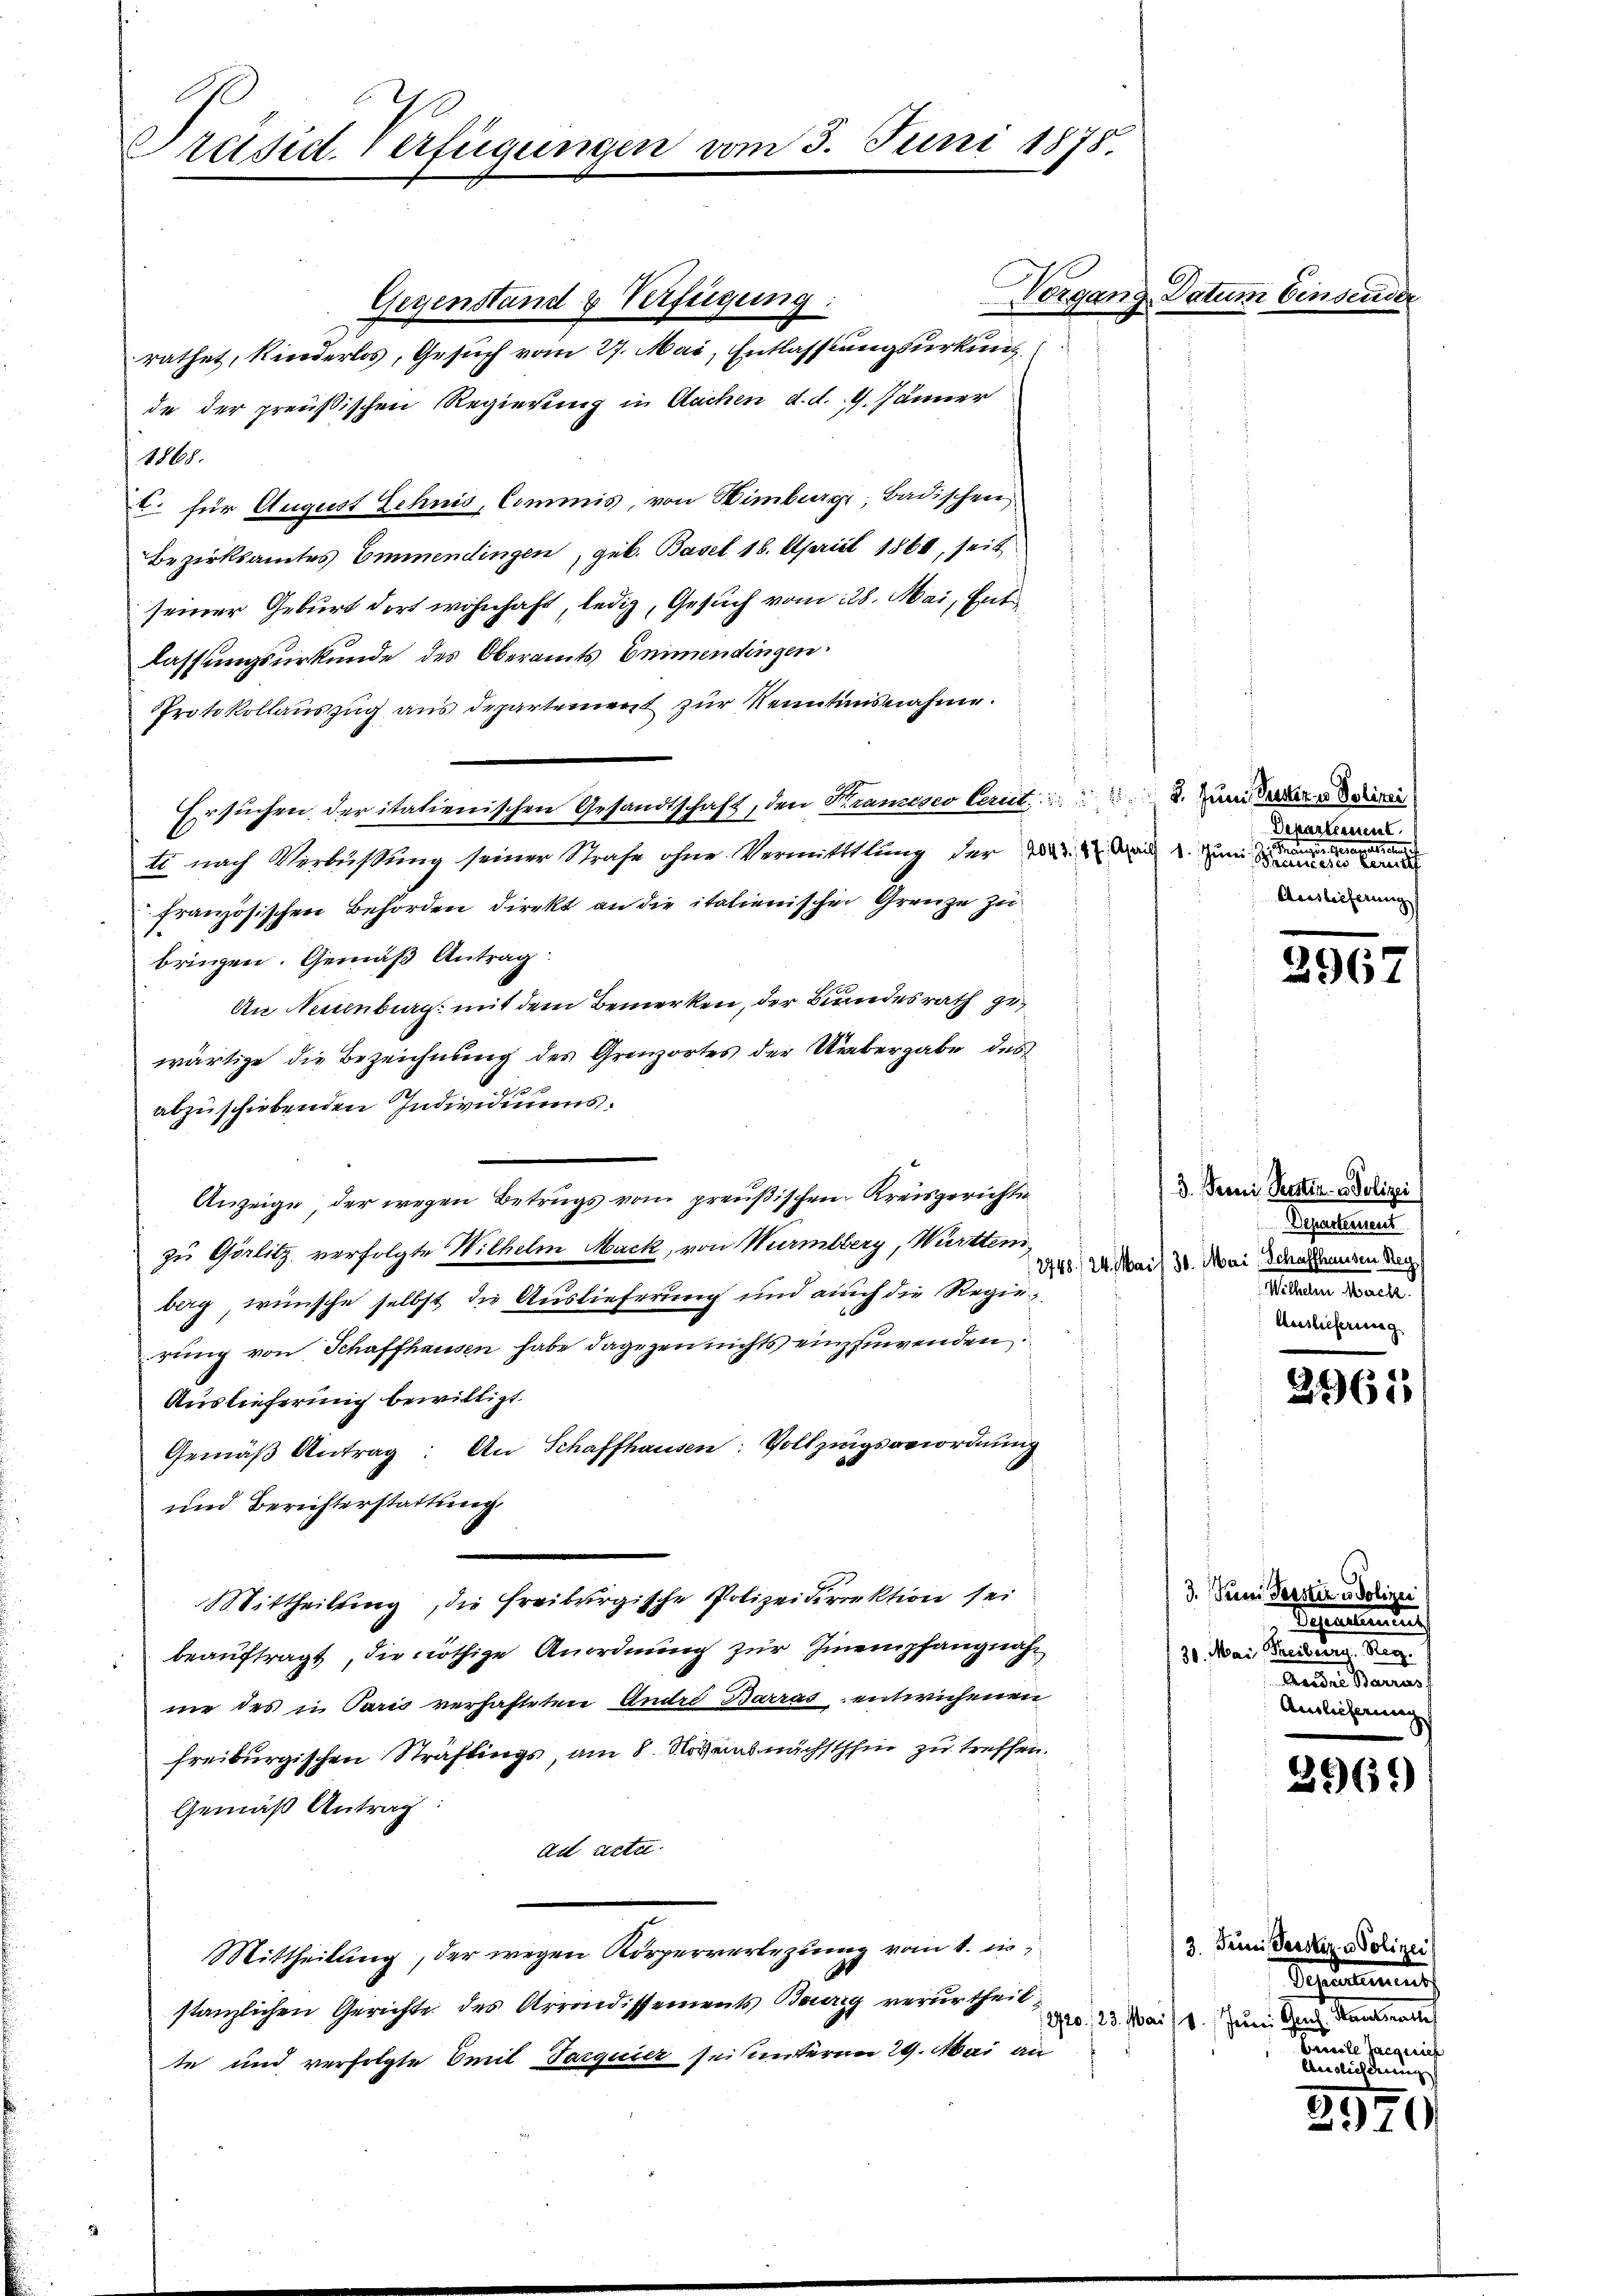
Präsid. Verfügungen vom 3. Juni 1878.

Gegenstand & Verfügung:
rathet, Kinderlos, Gesuch vom 27. Mai, Entlassungsurkun
de der preußischen Regierung in Aachen d. d. 9. Jänner
1868.
E. für August Zehnis, Commis, von Himburg, Badischen
Bezirksamtes Emmendingen, geb. Basel 16. April 1861, seit
seiner Geburt dort wohnhaft, ledig, Gesuch vom 228. Mai, Ent
lassungsurkunde des Oberamts Emmendingen
Protokollauszug aus departement zur Kenntnisnahme.
Ersuchen der italienischen Gesandtschaft, den Krameseo Ceriet. Zum dieser
ti nach Verbüßung seiner Strafe ohne Vermittlung der die der 2. Juni eine einen einen
französischen Behörden direkt an die italienischen Grenze zu
bringen. Gemäß Antrag
An Neuenburg mit dem Bemerken, der Bundesrath gewärtige die Bezeichnung des Grenzortes der Uebergabe des
abzuschiebenden Individiums.
Anzeige, der wegen Betrugs vom preußischen Kreisgerichte
zu Görlitz verfolgte Wilhelm Mack, von Würmlberg, Württem,
berg, wünsche selbst die Auslieferung und auch die Regierung von Schaffhausen habe dagegen nichts einzuwenden
Auslieferung bewilligt.
Gemäβ Antrag: An Schaffhausen: Vollzungsverordnung
und Berichterstattung.
Mittheilung, die Freiburgische Polizeidirektion sei
beauftragt, die nöthige Anordnung zur Einempfang näh
ne des in Paris verhaftetene Andre Barras entwichenen
freiburgischen Straflings, am 8. Novembnächsthin zu treffen.
Gemäß Antrag:
ad acte.
Mittheilung, der wegen Körperverlegung vom 1. in
stanzlichen Gerichte des Arrondissements Baurig verurtheilte und verfolgte Emil Jacquier sei unterm 29. Mai an

Vorgang Datum Einsend

Departement.
Heer gegen
Auslieferung

2967

3. Seini Persten u. Polizei
Departement
/2448./24. Mai 30. Mai Schaffhausen Reg
Mater Vereiter
Auslieferung

2961

3. Sein Perster in Polizei
Vennung
31. Mai Geltung. Seg
Andern kann
Auslieferung

3569

3. Dein Verstiz u. Polizei
Vandamnat
1920./23. Mai 11. Juni. Ganz Kalnach
bricile Jacquie
Auslich drung

55.
2